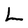
Character: L